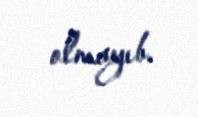
olmayıb.